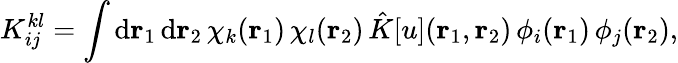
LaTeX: {K}_{ij}^{kl}=\int\mathrm{d}{\mathbf{r}_{1}}\, \mathrm{d}{\mathbf{r}_{2}}\, \chi_{k}({\mathbf{r}_{1}})\, \chi_{l}({\mathbf{r}_{2}})\, \hat{K}[u]({\mathbf{r}_{1}},{\mathbf{r}_{2}})\, \phi_{i}({\mathbf{r}_{1}})\, \phi_{j}({\mathbf{r}_{2}}),